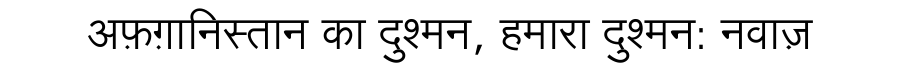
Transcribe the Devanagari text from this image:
अफ़ग़ानिस्तान का दुश्मन, हमारा दुश्मन: नवाज़